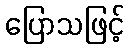
ပြောသဖြင့်